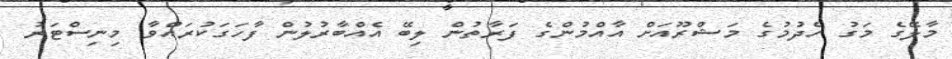
މާލޭގެ މަގު ހެދުމުގެ މަޝްރޫއަށް އާއްމުންގެ ފަރާތުން ލިބޭ އެއްބާރުލުން ފާހަގަކުރައްވާ މިނިސްޓަރު